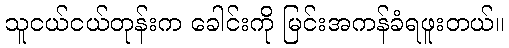
သူငယ်ငယ်တုန်းက ခေါင်းကို မြင်းအကန်ခံရဖူးတယ်။